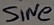
Text: SiNe